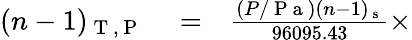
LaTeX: \begin{array}{rlr}{(n-1)_{\mathrm{~T~,~P~}}}&{{}=}&{\frac{(P/\mathrm{~P~a~})(n-1)_{\mathrm{~s~}}}{96095.43}\times}\end{array}